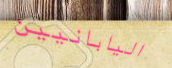
اليابانيين